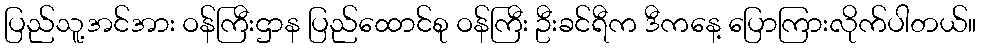
ပြည်သူ့အင်အား ဝန်ကြီးဌာန ပြည်ထောင်စု ဝန်ကြီး ဦးခင်ရီက ဒီကနေ့ ပြောကြားလိုက်ပါတယ်။